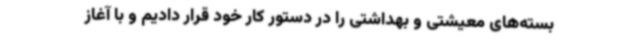
بسته‌های معیشتی و بهداشتی را در دستور کار خود قرار دادیم و با آغاز